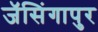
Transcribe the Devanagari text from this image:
जॅसिंगापुर